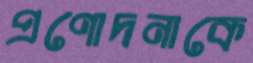
প্রণোদনাকে